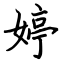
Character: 婷